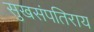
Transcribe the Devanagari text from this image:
सुखसंपतिराय